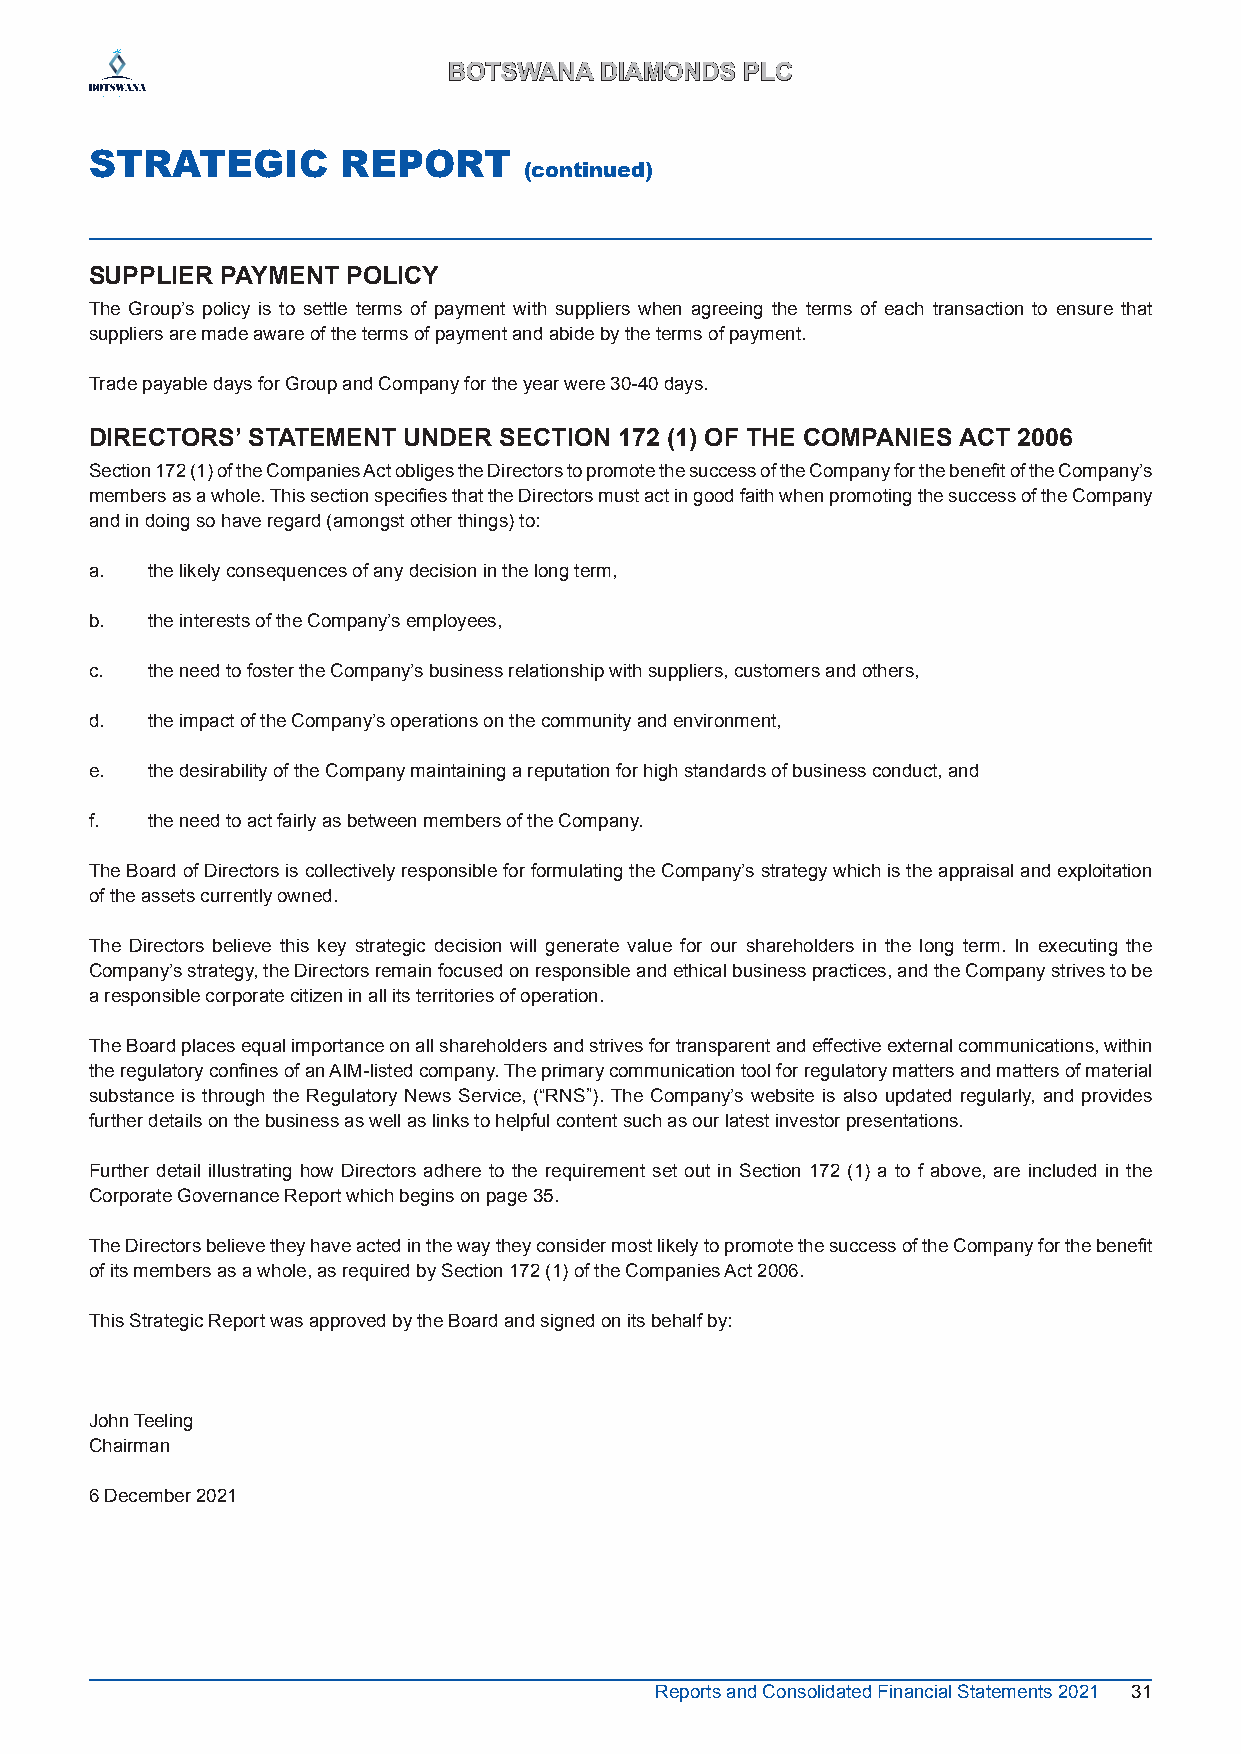
BBOOTTSSWWAANNAA DDIIAAMMOONNDDSS PPLLCC
 STRATEGIC        REPORT
 (continued)
 SUPPLIER PAYMENT POLICY
 The Group’s policy is to settle terms of payment with suppliers when agreeing the terms of each transaction to ensure that
 suppliers are made aware of the terms of payment and abide by the terms of payment.
 Trade payable days for Group and Company for the year were 30-40 days.
 DIRECTORS’ STATEMENT UNDER SECTION 172 (1) OF THE COMPANIES ACT 2006
 Section 172 (1) of the Companies Act obliges the Directors to promote the success of the Company for the benefit of the Company’s
 members as a whole. This section specifies that the Directors must act in good faith when promoting the success of the Company
 and in doing so have regard (amongst other things) to:
 a.  the likely consequences of any decision in the long term,
 b.  the interests of the Company’s employees,
 c.  the need to foster the Company’s business relationship with suppliers, customers and others,
 d.  the impact of the Company’s operations on the community and environment,
 e.  the desirability of the Company maintaining a reputation for high standards of business conduct, and
 f.  the need to act fairly as between members of the Company.
 The Board of Directors is collectively responsible for formulating the Company’s strategy which is the appraisal and exploitation
 of the assets currently owned.
 The Directors believe this key strategic decision will generate value for our shareholders in the long term. In executing the
 Company’s strategy, the Directors remain focused on responsible and ethical business practices, and the Company strives to be
 a responsible corporate citizen in all its territories of operation.
 The Board places equal importance on all shareholders and strives for transparent and effective external communications, within
 the regulatory confines of an AIM-listed company. The primary communication tool for regulatory matters and matters of material
 substance is through the Regulatory News Service, (“RNS”). The Company’s website is also updated regularly, and provides
 further details on the business as well as links to helpful content such as our latest investor presentations.
 Further detail illustrating how Directors adhere to the requirement set out in Section 172 (1) a to f above, are included in the
 Corporate Governance Report which begins on page 35.
 The Directors believe they have acted in the way they consider most likely to promote the success of the Company for the benefit
 of its members as a whole, as required by Section 172 (1) of the Companies Act 2006.
 This Strategic Report was approved by the Board and signed on its behalf by:
 John Teeling
 Chairman
 6 December 2021
 Reports and Consolidated Financial Statements 2021 31